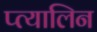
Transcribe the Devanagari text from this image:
प्त्यालिन